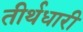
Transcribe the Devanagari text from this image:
तीर्थधारी